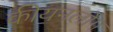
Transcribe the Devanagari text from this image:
कीयनलोंग